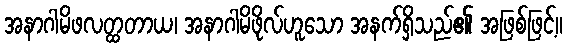
အနာဂါမိဖလတ္ထတာယ၊ အနာဂါမိဖိုလ်ဟူသော အနက်ရှိသည်၏ အဖြစ်ဖြင့်။